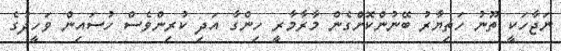
ނަޖާހަކީ ތޫނު ހަތިޔާރު ބޭނުންކޮށްގެން މާރާމާރީ ހިންގާ އަދި ކުރިންވެސް ހުސައިން ވަހީދުގެ